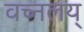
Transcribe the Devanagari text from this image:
वच्नलय्